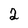
Character: 2